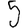
Digit: 5